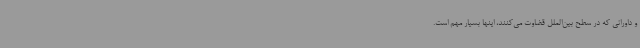
و داورانی که در سطح بین‌الملل قضاوت می‌کنند، اینها بسیار مهم است.